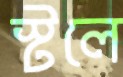
স্টলে